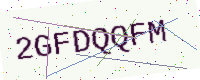
Text: 2GFDQQFM